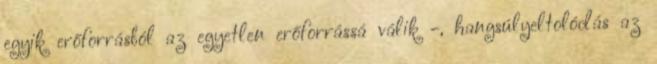
egyik erőforrásból az egyetlen erőforrássá válik -, hangsúlyeltolódás az